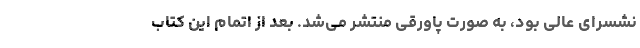
نشسرای عالی بود، به صورت پاورقی منتشر می‌شد. بعد از اتمام این کتاب